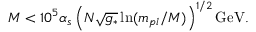
M < 1 0 ^ { 5 } \alpha _ { s } \left( N \sqrt { g _ { * } } \ln ( m _ { p l } / M ) \right) ^ { 1 / 2 } \mathrm { G e V } .